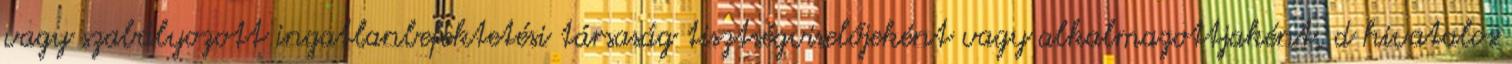
vagy szabályozott ingatlanbefektetési társaság tisztségviselőjeként vagy alkalmazottjaként, d hivatalos